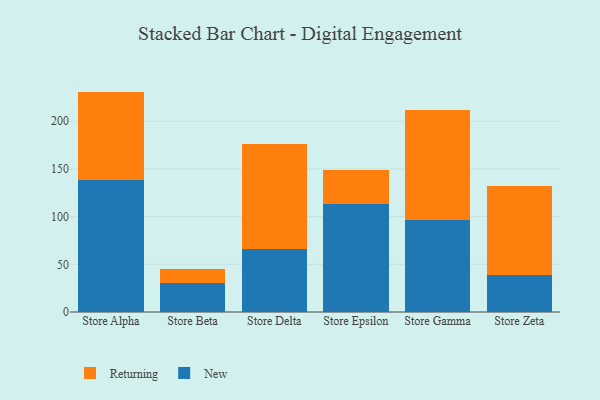
{"axis": {"x": "Store", "y": "Churn Rate (%)"}, "legend": ["New", "Returning"], "data": [{"x": "Store Alpha", "y": 138.3, "type": "New"}, {"x": "Store Alpha", "y": 92.8, "type": "Returning"}, {"x": "Store Beta", "y": 30.8, "type": "New"}, {"x": "Store Beta", "y": 14.1, "type": "Returning"}, {"x": "Store Delta", "y": 66.0, "type": "New"}, {"x": "Store Delta", "y": 109.8, "type": "Returning"}, {"x": "Store Epsilon", "y": 113.6, "type": "New"}, {"x": "Store Epsilon", "y": 35.6, "type": "Returning"}, {"x": "Store Gamma", "y": 96.0, "type": "New"}, {"x": "Store Gamma", "y": 116.3, "type": "Returning"}, {"x": "Store Zeta", "y": 38.9, "type": "New"}, {"x": "Store Zeta", "y": 93.2, "type": "Returning"}]}